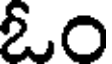
ఓం